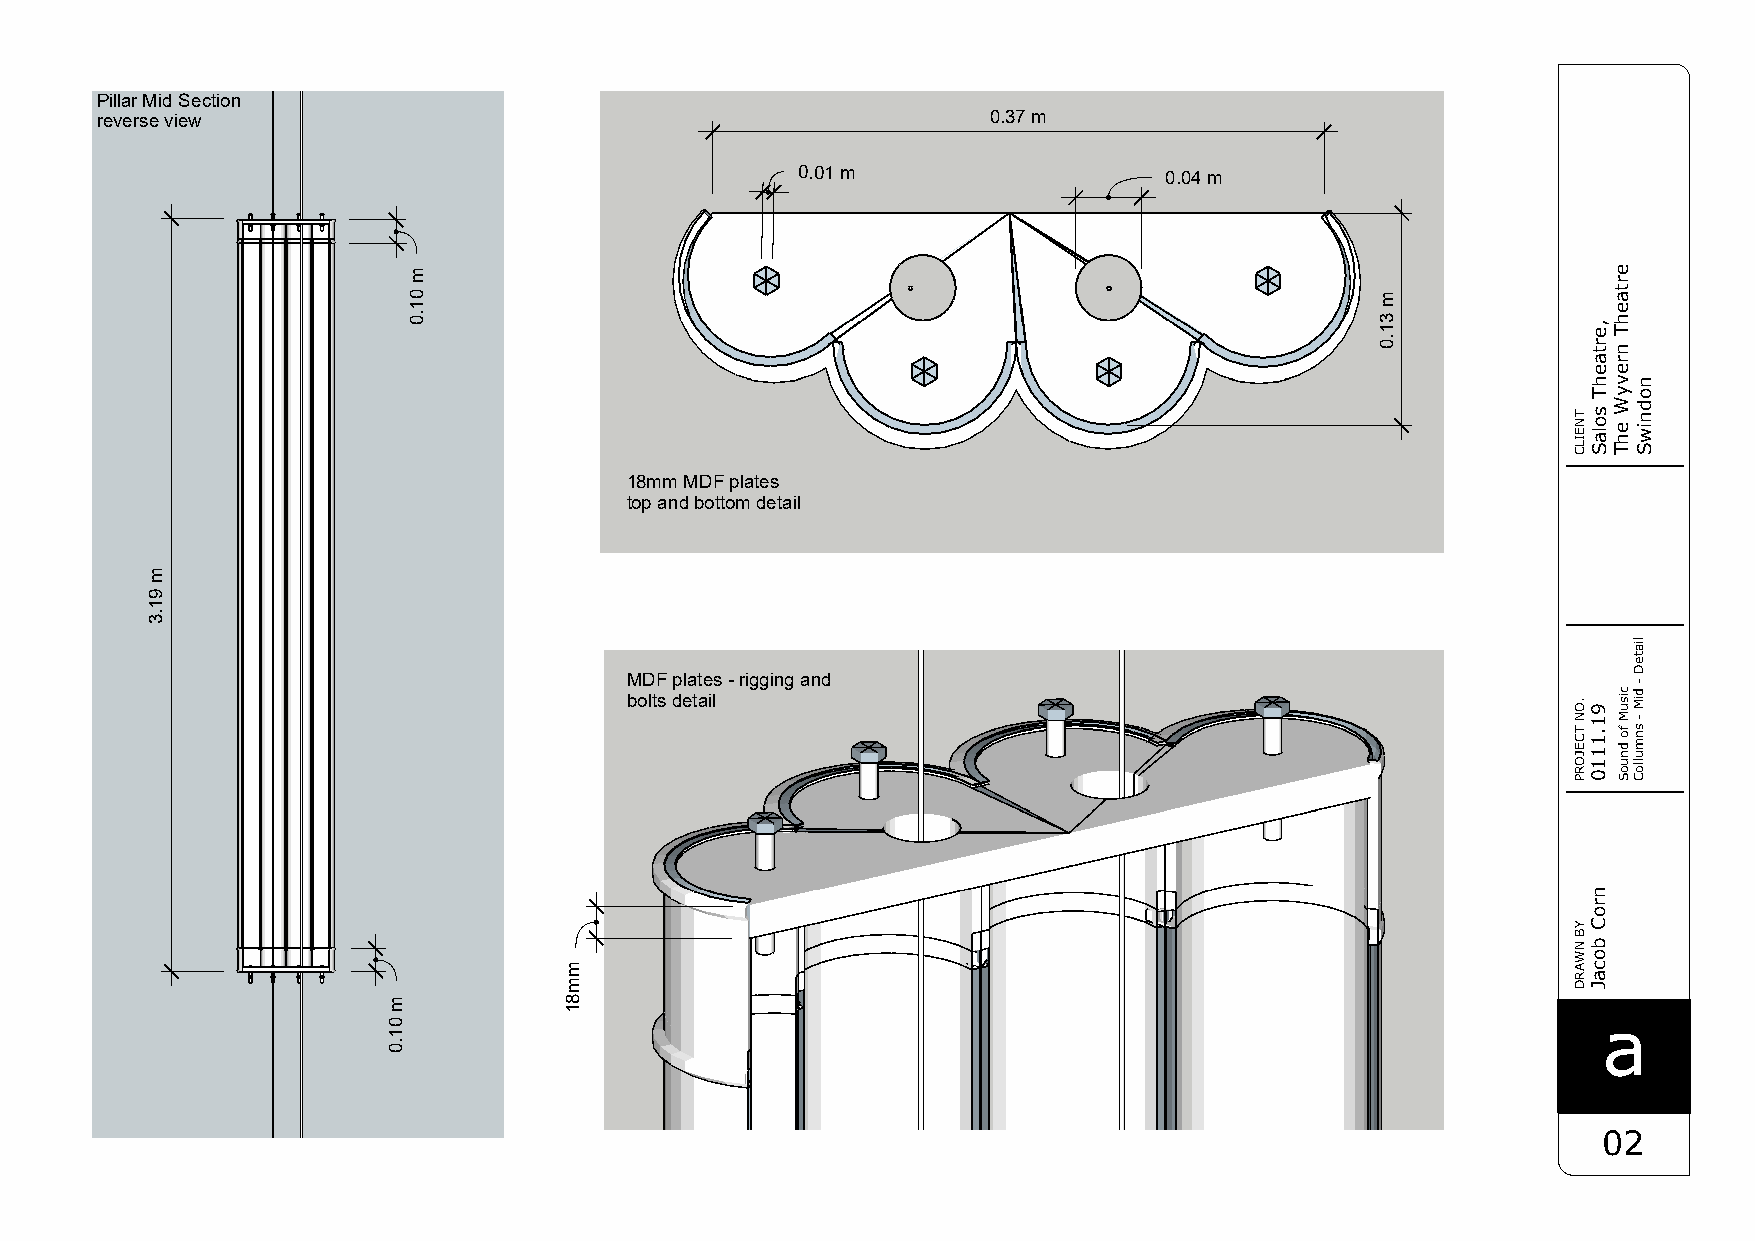
Pillar Mid Section
 reverse view                                               0.37 m
 0.01 m                  0.04 m
 18mm MDF plates
 top and bottom detail
 MDF plates - rigging and
 bolts detail
 a
 02
 m
 91.3
 m
 01.0
 m
 01.0
 mmm
 2801.0
 m
 31.0
 TNEILC
 .ON
 TCEJORP
 YB
 NWARD
 ,ertaehT
 solaS
 91.1110
 nroC
 bocaJ
 ertaehT
 nrevyW
 ehT
 cisuM
 fo
 dnuoS
 nodniwS
 liateD
 -
 diM
 -
 snmulloC